Report on sanitation, dispensaries, and jails in Rajputana for 1920, and on vaccination for the year 1920-1921 - 1920-1921
Year: 1920
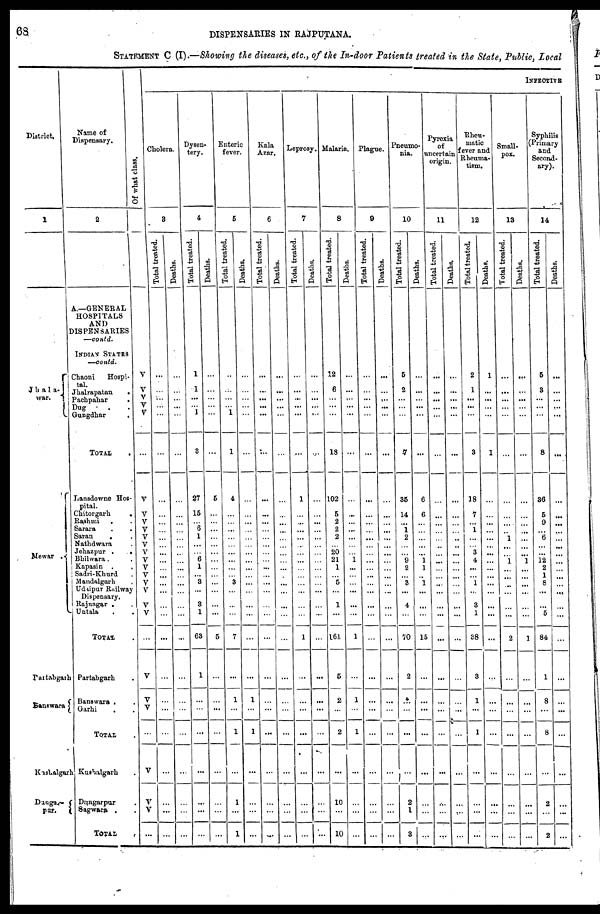
68
DISPENSARIES IN RAJPUTANA.
STATEMENT C (I).—Showing the diseases, etc., of the In-door Patients treated in the State, Public, Local
District.
1
Jhala¬
war.
Mewar .
Partabgarh
Banswara
Kushalgarh
Dangar¬
pur.
Name of
Dispensary.
2
A.—GENERAL
HOSPITALS
AND
DISPENSARIES
—contd.
INDIAN STATES
—contd.
Chaoni
Hospi¬
tal.
Jhalrapatan
.
Pachpahar
.
Dug . .
Gungdhar
.
TOTAL .
Lansdowne Hos-
pital.
Chitorgarh
.
Rashmi . .
Sarara . .
Saran
.
Nathdwara .
Jehazpur .
.
Bhilwara. .
Kapasin . .
Sadri-Khurd .
Mandalgarh .
Udaipur Railway
Dispensary.
Rajnagar . .
Untala
TOTAL.
Partabgarh .
Banswara . .
Garhi
...
TOTAL.
Kushalgarh .
Dungarpur.
Sagwara .
TOTAL
.
Of what class.
V
V
V
V
V
...
V
V
V
V
V
V
V
V
V
V
V
V
V
V
...
V
V
V
...
V
V
V
...
INFECTIVE
Cholera.
8
Total treated.
...
...
...
...
...
...
...
...
...
...
...
...
...
...
...
...
...
...
...
...
...
...
...
...
...
...
...
...
...
Deaths.
...
...
...
...
...
...
...
...
...
...
...
...
...
...
...
...
...
...
...
...
...
...
...
...
...
...
...
...
...
Dysen-
tery.
4
Total treated.
1
1
...
... 1
3
27
15
...
6
1
...
...
6
1
...
3
...
8
1
63
1
...
...
...
...
...
...
...
Deaths.
...
...
...
...
...
...
5
...
...
...
...
...
...
...
...
...
...
...
...
...
5
...
...
...
...
...
...
...
...
Enteric
fever.
5
Total treated.
...
...
...
... 1
1
4
...
...
...
...
...
...
...
...
... 3
...
...
...
7
...
1
...
1
...
1
...
1
Deaths.
...
...
...
...
...
...
...
...
...
...
...
...
...
...
...
...
...
...
...
...
...
...
1
...
1
...
...
...
...
Kala
Azar.
6
Total treated.
...
...
...
...
...
...
...
...
...
...
...
...
...
...
...
...
...
...
...
...
...
...
...
...
...
...
...
...
...
Deaths.
...
...
...
...
...
...
...
...
...
...
...
...
...
...
...
...
...
...
...
...
...
...
...
...
...
...
...
...
...
Leprosy.
7
Total treated.
...
...
...
...
...
...
1
. ..
...
...
...
...
...
...
...
...
...
...
...
...
1
...
...
...
...
...
...
...
...
Deaths.
...
...
...
... ...
...
...
...
...
...
...
...
...
...
...
...
...
...
...
...
...
...
...
...
...
...
...
...
...
Malaria.
8
Total treated.
12
6
...
...
...
18
102
5
2
2
2
...
20
21
1
... 5
...
1
...
161
5
2
...
2
...
10
...
10
Deaths.
...
...
...
...
...
...
...
...
...
...
...
...
...
1
...
...
...
...
...
...
1
...
1
...
1
...
...
...
...
Plague.
9
Total treated.
...
...
...
...
...
...
...
...
...
...
...
...
...
...
...
...
...
...
...
...
...
...
...
...
...
...
...
...
...
Deaths.
...
...
...
...
...
...
...
...
...
...
...
...
...
...
...
...
...
...
...
...
...
...
...
...
...
...
...
...
...
Pneumo-
nia.
10
Total treated.
5
2
...
...
...
7
35
14
...
1
2
...
...
9
2
...
3
...
4
...
70
2
...
...
...
...
2
1
3
Deaths.
...
...
...
...
...
...
6
6
...
...
...
...
...
1
1
... 1
...
...
...
15
...
...
...
...
...
...
...
...
Pyrexia
of
uncertain
origin.
11
Total treated.
...
...
...
...
...
...
...
...
...
...
...
...
...
...
...
...
...
...
...
...
...
...
...
...
...
...
...
...
...
Deaths.
...
...
...
...
...
...
...
...
...
...
...
...
...
...
...
...
...
...
...
...
...
...
...
...
...
...
...
...
V
Rheu-
matic
fever and
Rheuma-
tism.
12
Total treated.
2
1
...
...
...
3
18
7
...
1
...
...
3
4
...
... 1
...
3
1
38
3
1
...
1
...
...
...
...
Deaths.
1
...
...
...
...
1
...
...
...
...
...
...
...
...
...
...
...
...
...
...
...
...
...
...
...
...
...
...
...
Small-
pox.
13
Total treated.
...
...
...
...
...
...
...
...
...
...
1
...
...
1
...
...
...
...
...
...
2
...
...
...
...
...
...
...
...
Deaths.
...
...
...
...
...
...
...
...
...
...
...
...
...
1
...
...
...
...
...
...
1
...
...
...
...
...
...
...
...
Syphilis
(Primary
and
Second-
ary).
14
Total treated.
5
3
...
...
...
8
36
5
9
...
6
...
...
12
2
1
8
...
...
5
84
1
8
...
8
...
2
...
2
Deaths.
...
...
...
...
...
...
...
...
...
...
...
...
...
...
...
...
...
...
...
...
...
...
...
...
. ..
...
...
...